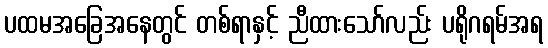
ပထမအခြေအနေတွင် တစ်ရာနှင့် ညီထားသော်လည်း ပရိုဂရမ်အရ